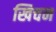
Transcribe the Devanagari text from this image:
खिचन